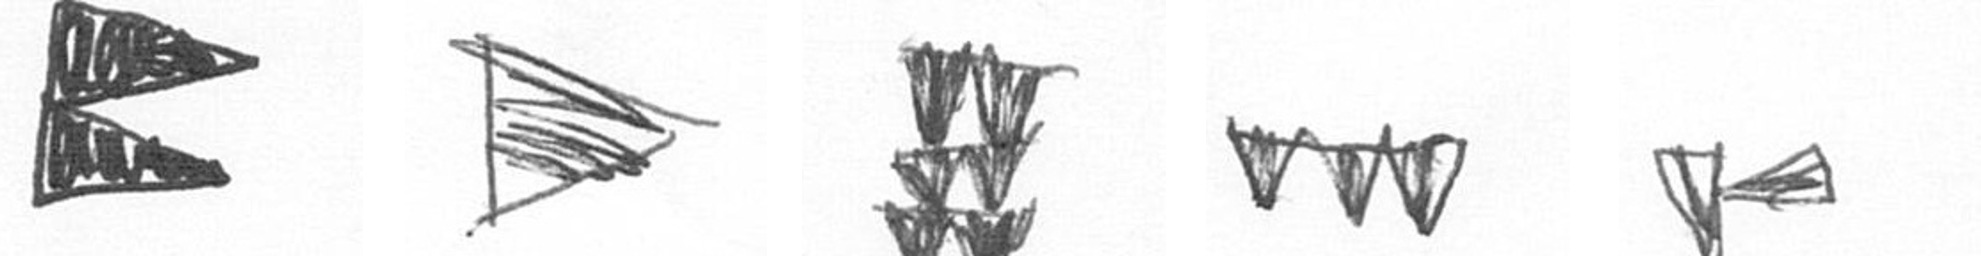
P T Y L F